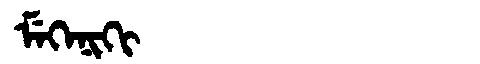
Manchu: ᠮᡝᡴᡝᠨᡳᡴᡳ
Romanization: MEKENIKI